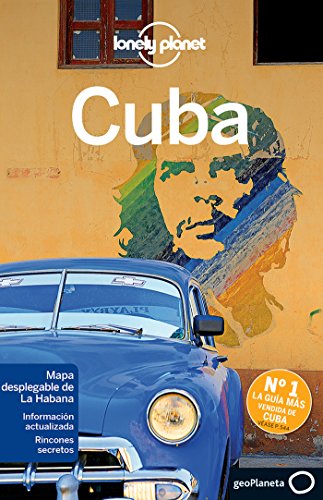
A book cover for Lonely Planet Cuba (Travel Guide) (Spanish Edition); Lonely Planet; Cookbooks, Food & Wine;